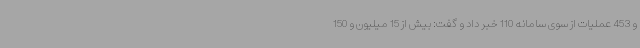
و 453 عملیات از سوی سامانه 110 خبر داد و گفت: بیش از 15 میلیون و 150